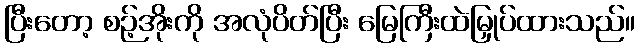
ပြီးတော့ စဉ့်အိုးကို အလုံပိတ်ပြီး မြေကြီးထဲမြှုပ်ထားသည်။